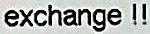
EXCHANGE !!